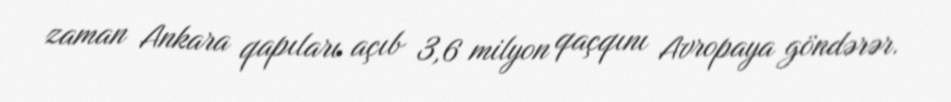
zaman Ankara qapıları açıb 3,6 milyon qaçqını Avropaya göndərər.